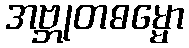
အဗ္ဘုတဓမ္မော